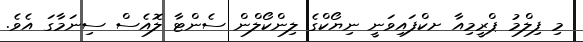
މި ފިލްމު ޕްރީމިއާ ށކްފައިވަނީ ނިޔޯކްގެ ލިންކޯލްން ސެންޓާ ލޮއެސް ސިނަމާގަ އެވެ.